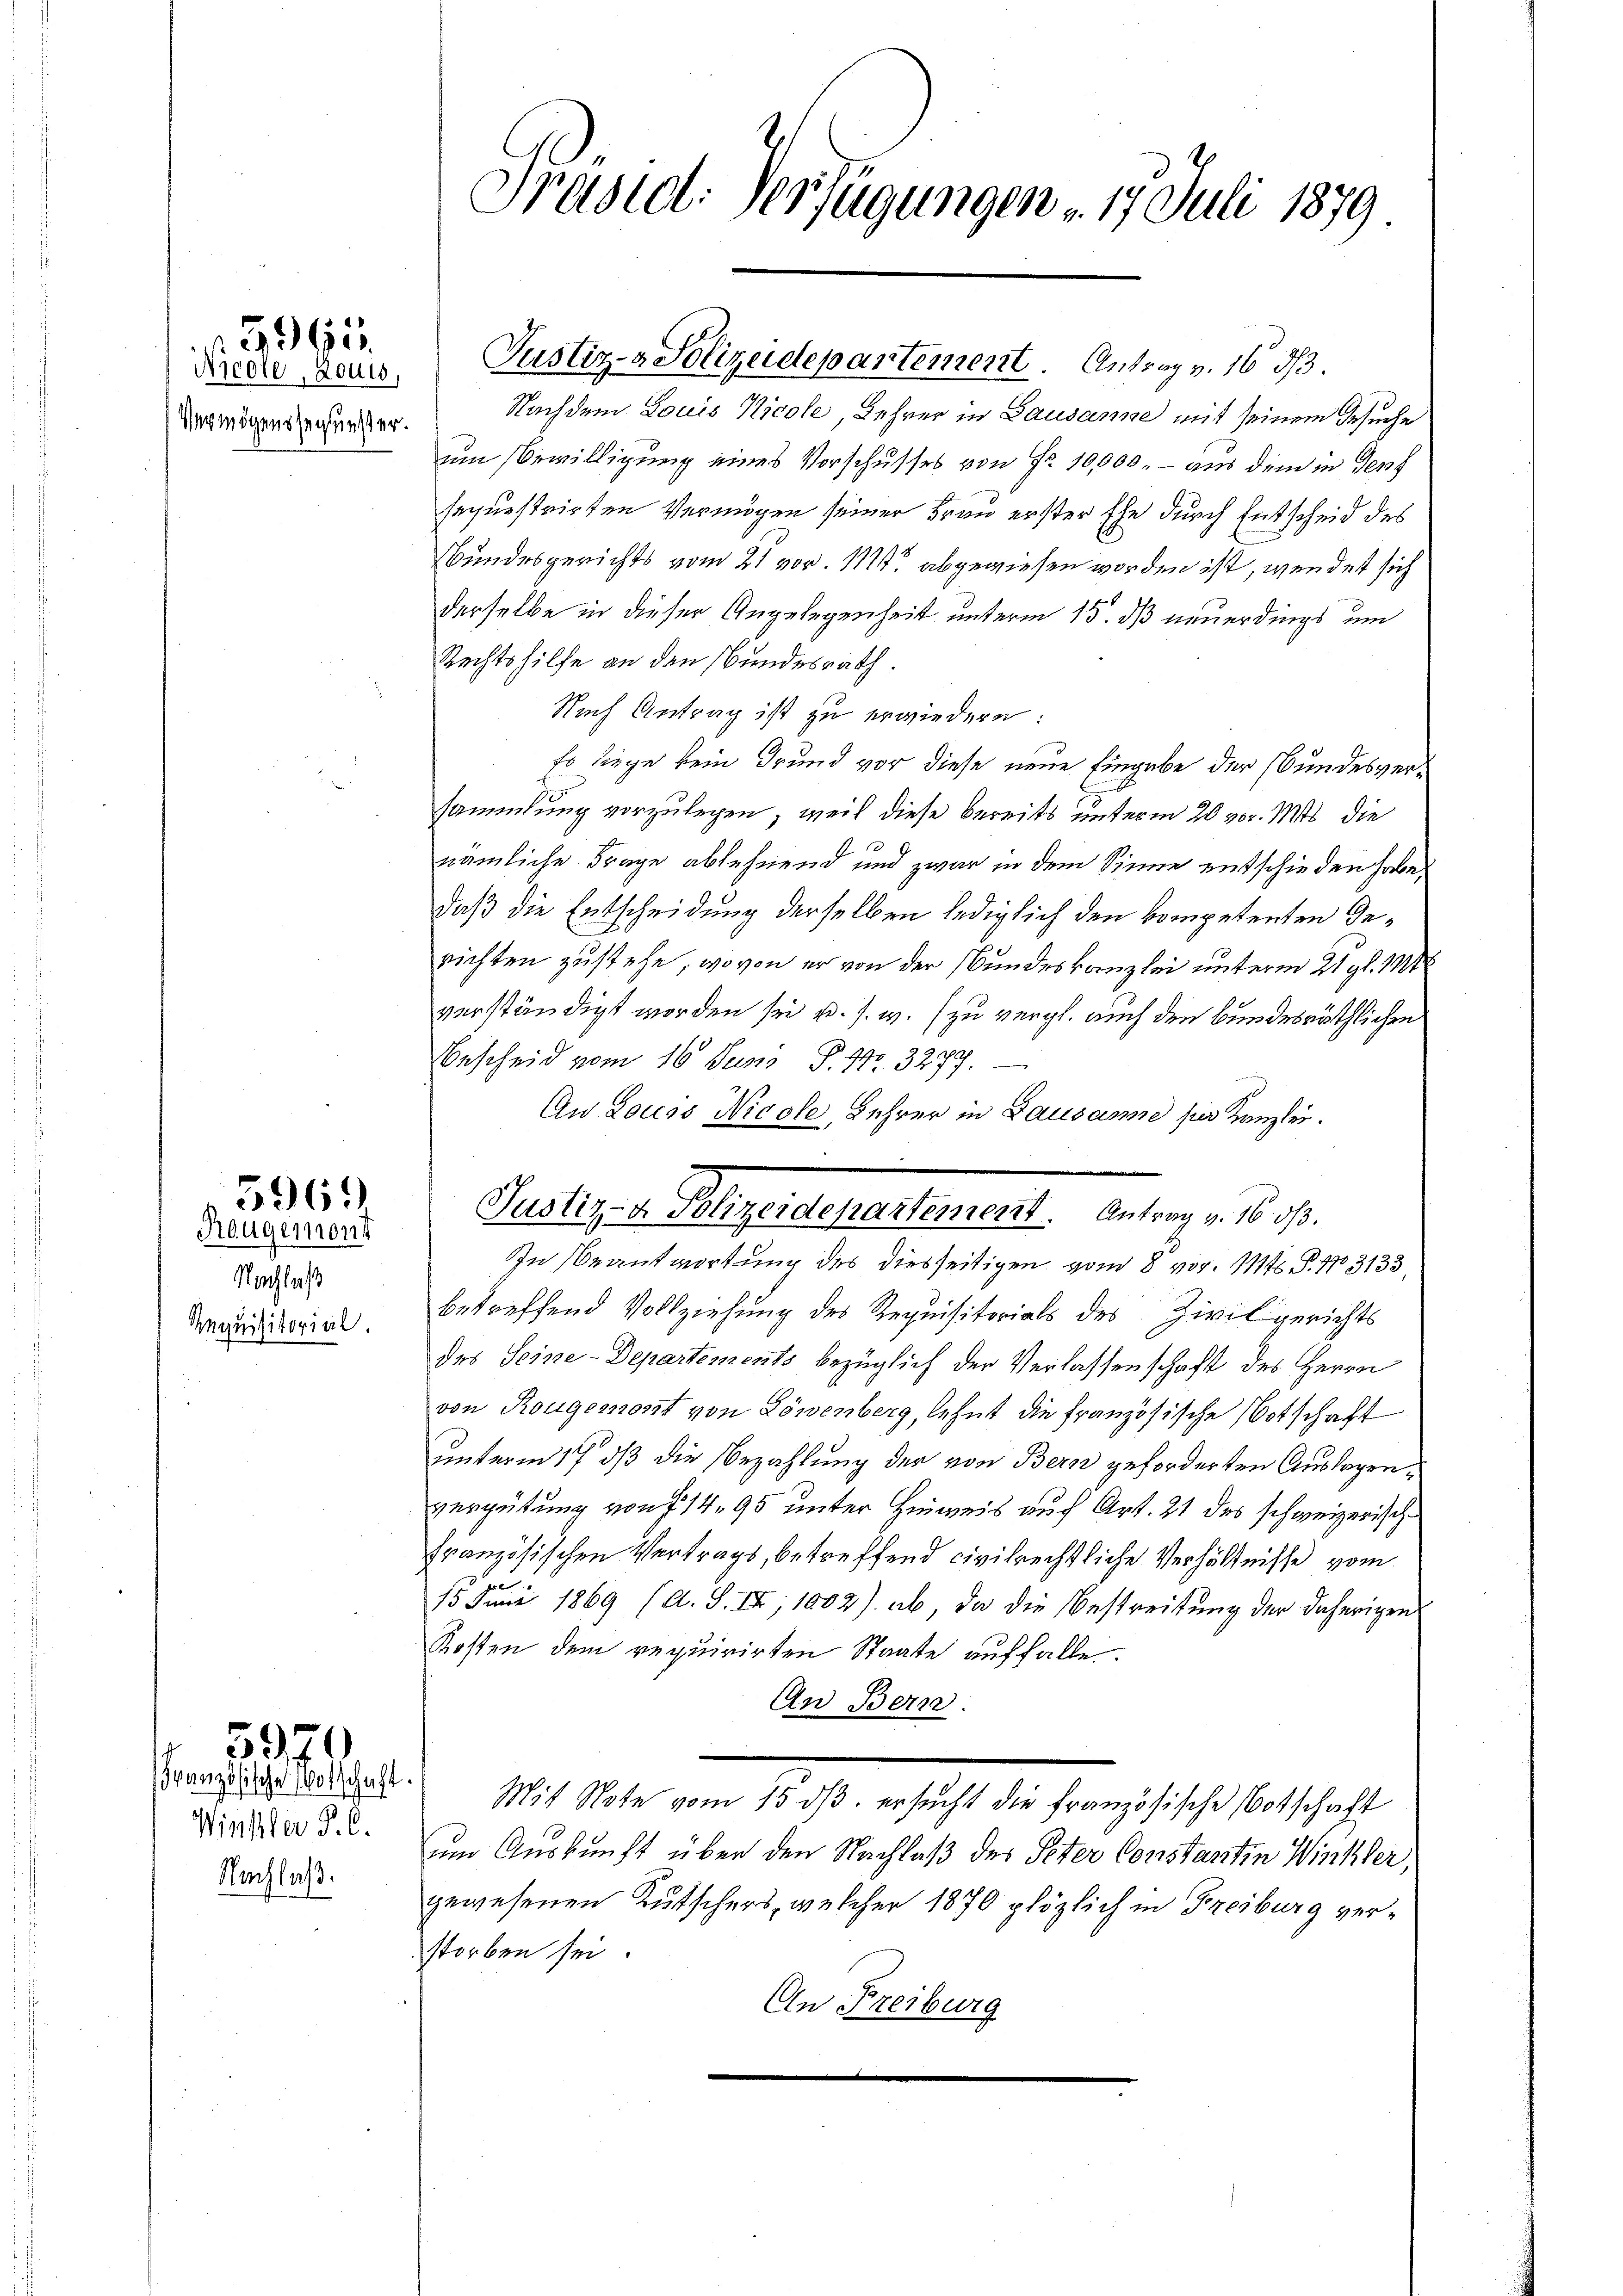
Nicole, Routs,
Vermögensserunster.

3995.

Reugemont
Nachlaß
Aequisitorial.

596.

Französische Botschaft.
Winkler P. C.
Nachlaß.

5970

Präsid. Verfügungen . 17. Juli 1879

Justiz- & Polizeidepartement. Antrag v. 16 1/3.

Nachdem Louis Nicole, Lehrer in Lausanne mit seinem Gesuche
um Bewilligung eines Vorschusses von Fr. 10,000. - aus dem in den
sequestrirten Vermögen seiner Frau erster Ehe durch Entscheid des
Bundesgerichts vom 21 vor. 112 abgewiesen worden ist, wendet sich
derselbe in dieser Angelegenheit unterm 15. dß neuerdings um
Rechtshilfe an den Bundesrath.
Nach Antrag ist zu erwiedern:
Es liege kein Grund vor diese neue Eingabe der Bundesversammlung vorzulegen, weil diese bereits unterm 20 vor. Mts. die
3
nämliche Frage ablehnend und zwar in dem Sinne entschieden habe,
daß die Entscheidung derselben lediglich den kompetenten Gerichten zustehe, wovon er von der Bundeskanzlei unterm 21. gl. Mt
verständigt worden sei u. s. w. (zu vergl. auch den bundesräthlichen
Bescheid vom 16. Juni, P. Nr. 3279.
Au Louss Nicole, Lehrer in Lausanne per Kanzlei.
In Beantwortung des diesseitigen vom 8 vor. 1111. P. Nr. 3133
betreffend Vollziehung des Requisitorials des Zivilgerichts
des Seine-Departements bezüglich der Verlassenschaft des Herrn
von Rougemont von Löwenberg, lehnt die französische Botschaft
unterm 17 dß die Bezahlung der von Bern geforderten Auslagenvergütung von § 1495 unter Hinweis auf Art. 21 des schweizerische
französischen Vertrags, betreffend civilrechtliche Verhältnisse vom
15. Juni 1869 (A. S. IX, 1002) ab, da die Bestreitung der daherigen
Kosten dem requirirten Staate auffalle.
An Bern.
Mit Note vom 15. dβ. ersucht die französische Botschaft
um Auskunft über den Nachlaß der Peter Constantin Winkler,
gewesenen Kutschers, welcher 1870 plözlich in Freiburg verstorben sei
An Freiburg

July d. Meyer behaltener Antrag . . .